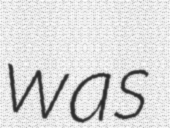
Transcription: was